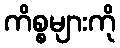
ကိစ္စများကို